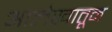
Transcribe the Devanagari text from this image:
आलेखातून